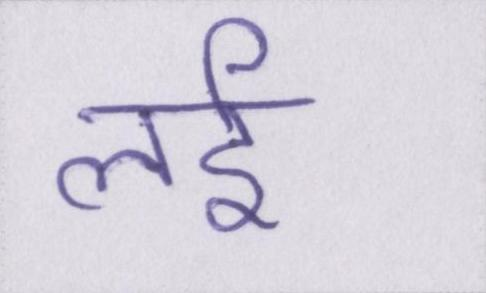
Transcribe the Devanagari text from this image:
लई